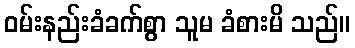
ဝမ်းနည်းခံခက်စွာ သူမ ခံစားမိ သည်။